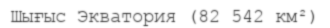
Шығыс Экватория (82 542 км²)